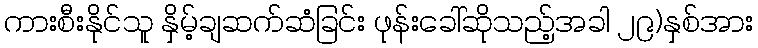
ကားစီးနိုင်သူ နှိမ့်ချဆက်ဆံခြင်း ဖုန်းခေါ်ဆိုသည့်အခါ ၂၉)နှစ်အား